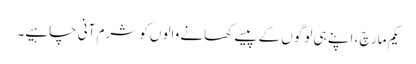
یکم مارچ ، اپنے ہی لوگوں کے پیسے کھانے والوں کو شرم آنی چاہیے۔